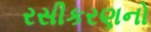
રસીકરણનો